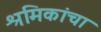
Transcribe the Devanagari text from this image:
श्रमिकांचा